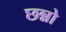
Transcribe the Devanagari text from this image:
छन्नो